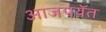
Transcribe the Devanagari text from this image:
आजपयॅत